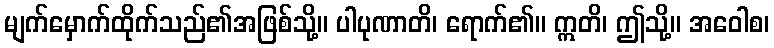
မျက်မှောက်ထိုက်သည်၏အဖြစ်သို့။ ပါပုဏာတိ၊ ရောက်၏။ ဣတိ၊ ဤသို့။ အဝေါစ၊